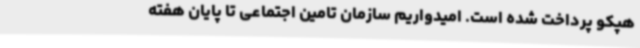
هپکو پرداخت شده است. امیدواریم سازمان تامین اجتماعی تا پایان هفته